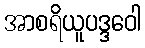
အာစရိယူပဒ္ဒဝေါ